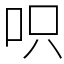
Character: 呮